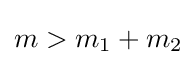
m>m_{1}+m_{2}